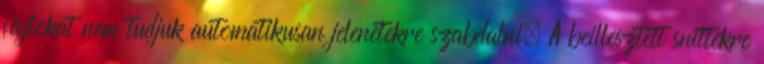
fájlokat nem tudjuk automatikusan jelenetekre szabdalni. A beillesztett snittekre